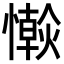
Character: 𢣴